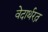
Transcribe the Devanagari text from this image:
वेदार्थरत्न